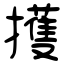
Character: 擭